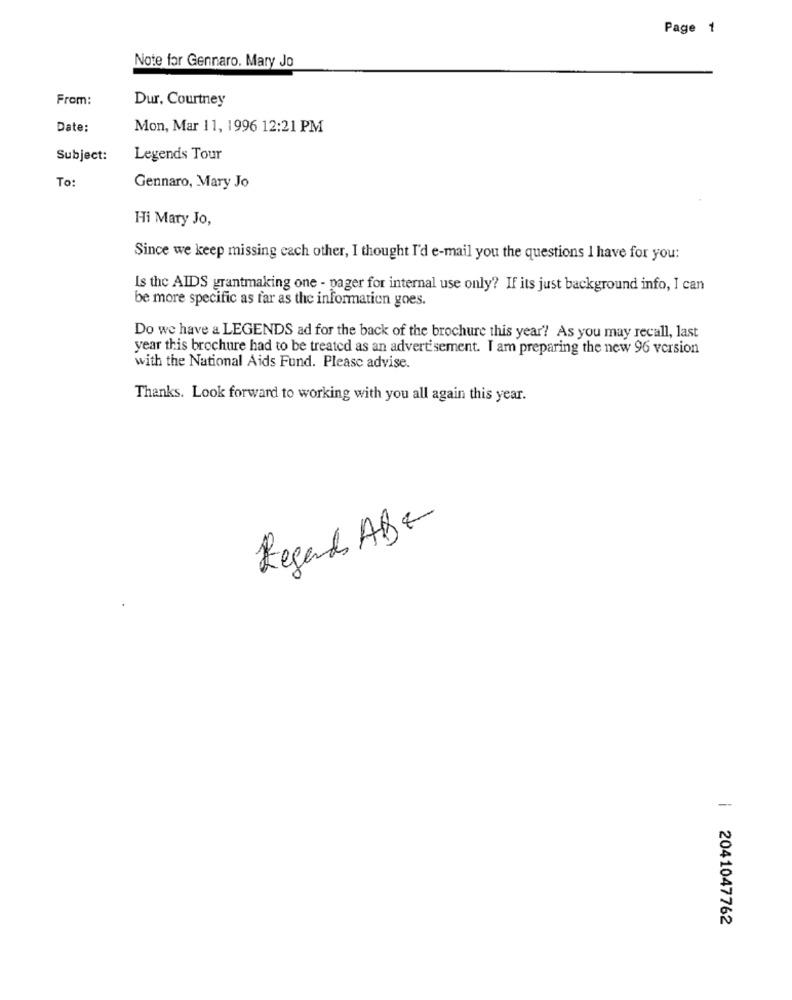
Page 1
Note for Gennaro. Mary Jo
From:
Dur, Courtney
Date:
Mon, Mar 11, 1996 12:21 PM
Subject:
Legends Tour
To:
Gennaro, Mary Jo
Hi Mary Jo,
Since we keep missing each other, I thought I'd e-mail you the questions I have for you:
Is the AIDS grantmaking one - pager for internal use only? If its just background info, I can
be more specific as far as the information goes.
Do we have a LEGENDS ad for the back of the brochure this year? As you may recall, last
year this brochure had to be treated as an advertisement. I am preparing the new 96 version
with the National Aids Fund. Please advise.
Thanks. Look forward to working with you all again this year.
Regards ABE
| 2041047762